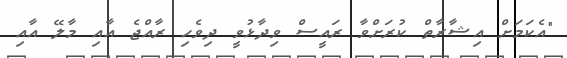
"އެކަމަށް އިޝާރާތް ކުރަށްވާ ރައީސް ވިދާޅުވީ ދިވެހި ރާއްޖެ އާއި މާލޭ އާއި